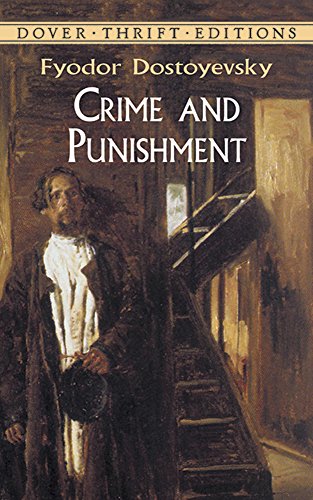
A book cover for Crime and Punishment; Fyodor Dostoyevsky; Literature & Fiction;